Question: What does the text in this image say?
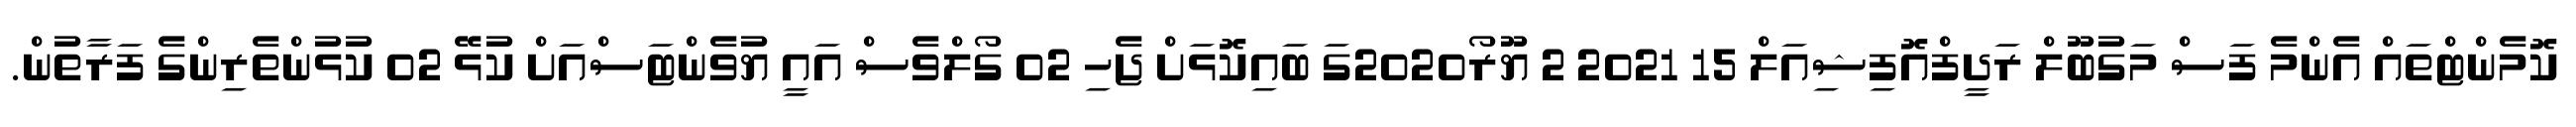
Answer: ކޮމެންޓްތައް އެންމެ ފަސް މަގުބޫލް ރަދީފްއޮފިޝިއަލް 15 2021 2 ޔޫރޯ2020ގަ ބައިކޮޅަށް ޖެހި 02 ގޯލްވެސް އައީ ޔުވެންޓަސްއަށް ކުޅޭ 02 ކުޅުންތެރިންގެ ފަރާތުން.